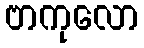
ဗာကုလော